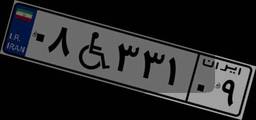
۰۸W۳۳۱۰۹